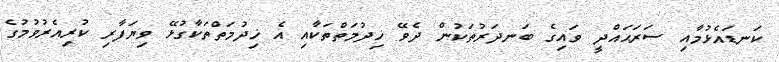
ކަނޑައެޅުމާއި ސަރަޙައްދީ ވައިގެ ބަނދަރުތަކުން ދެވޭ ޚިދުމަތްތަކާއި އެ ޚިދުމަތްތަކާގުޅޭ ވިޔަފާރި ކުރިއެރުވުމުގެ